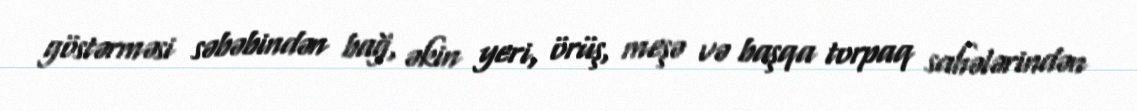
göstərməsi səbəbindən bağ, əkin yeri, örüş, meşə və başqa torpaq sahələrindən